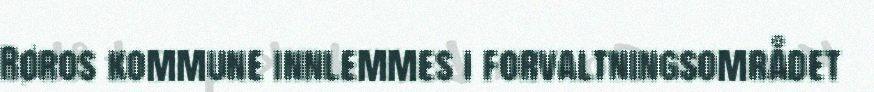
Røros kommune innlemmes i forvaltningsområdet